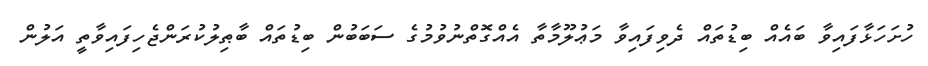
ހުށަހަޅާފައިވާ ބައެއް ބިޑުތައް ދެވިފައިވާ މަޢުލޫމާތާ އެއްގޮތްނުވުމުގެ ސަބަބުން ބިޑުތައް ބާޠިލުކުރަންޖެހިފައިވާތީ އަލުން